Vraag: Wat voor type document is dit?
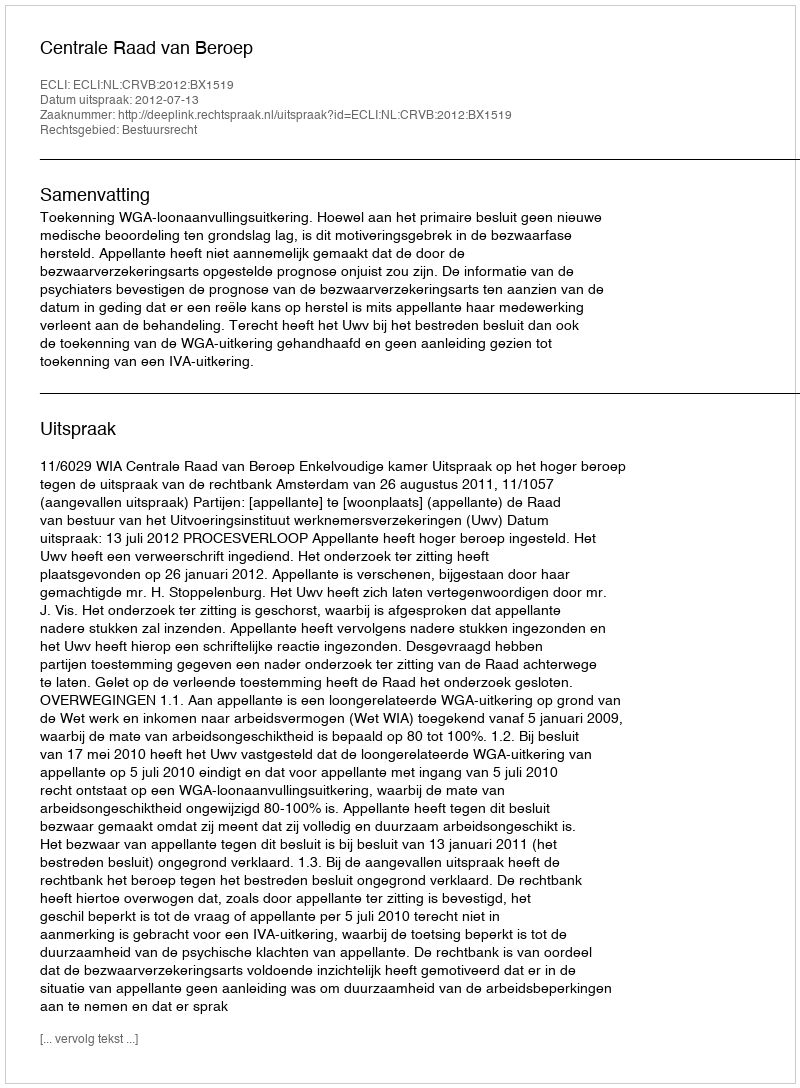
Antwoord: Uitspraak